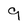
Character: 9